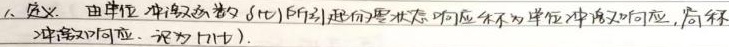
1. 定义. 由单位冲激函数 $\delta(t)$ 所引起的零状态响应称为单位冲激响应，简称
冲激响应，记为 $h(t)$ .